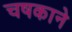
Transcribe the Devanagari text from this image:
चषकाने